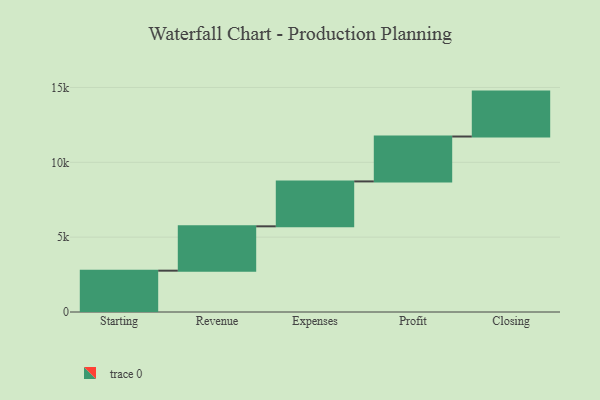
{"axis": {"x": "Step", "y": "Value"}, "legend": [""], "data": [{"x": "Starting", "y": 2761.0, "type": ""}, {"x": "Revenue", "y": 2963.0, "type": ""}, {"x": "Expenses", "y": 3000, "type": ""}, {"x": "Profit", "y": 3000, "type": ""}, {"x": "Closing", "y": 3000, "type": ""}]}